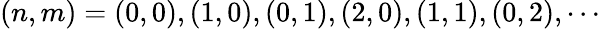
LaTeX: (n,m)=(0,0),(1,0),(0,1),(2,0),(1,1),(0,2),\cdots